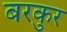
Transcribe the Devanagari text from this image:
बरकुर